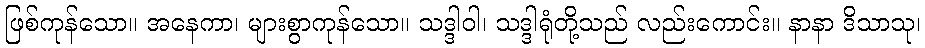
ဖြစ်ကုန်သော။ အနေကာ၊ များစွာကုန်သော။ သဒ္ဒါဝါ၊ သဒ္ဒါရုံတို့သည် လည်းကောင်း။ နာနာ ဒိသာသု၊